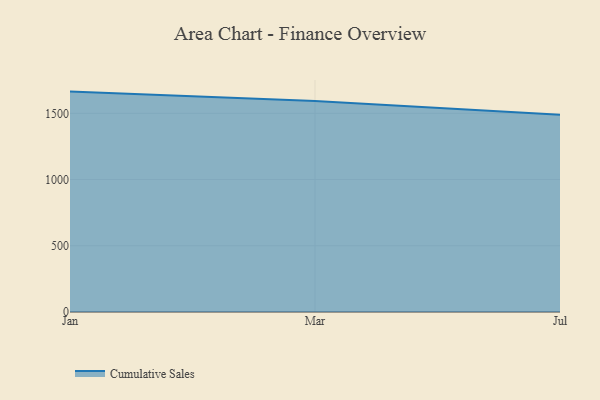
{"axis": {"x": "Month", "y": "Temperature (°C)"}, "legend": ["Cumulative Sales"], "data": [{"x": "Jan", "y": 1664.1, "type": "Cumulative Sales"}, {"x": "Mar", "y": 1592.9, "type": "Cumulative Sales"}, {"x": "Jul", "y": 1490.0, "type": "Cumulative Sales"}]}